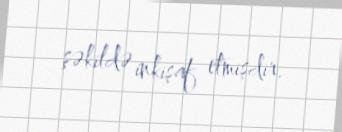
şəkildə inkişaf etmişdir.